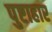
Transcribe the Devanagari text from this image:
पुष्टाहार